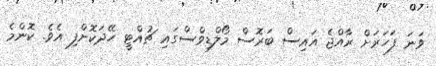
ވަނަ ފަހަރަށް ރާއްޖެ އައިސް ބަރޮސް މޯލްޑިވްސްގައި ޗުއްޓީ ހޭދަކޮށްފި އެވެ. ކޮންމެ